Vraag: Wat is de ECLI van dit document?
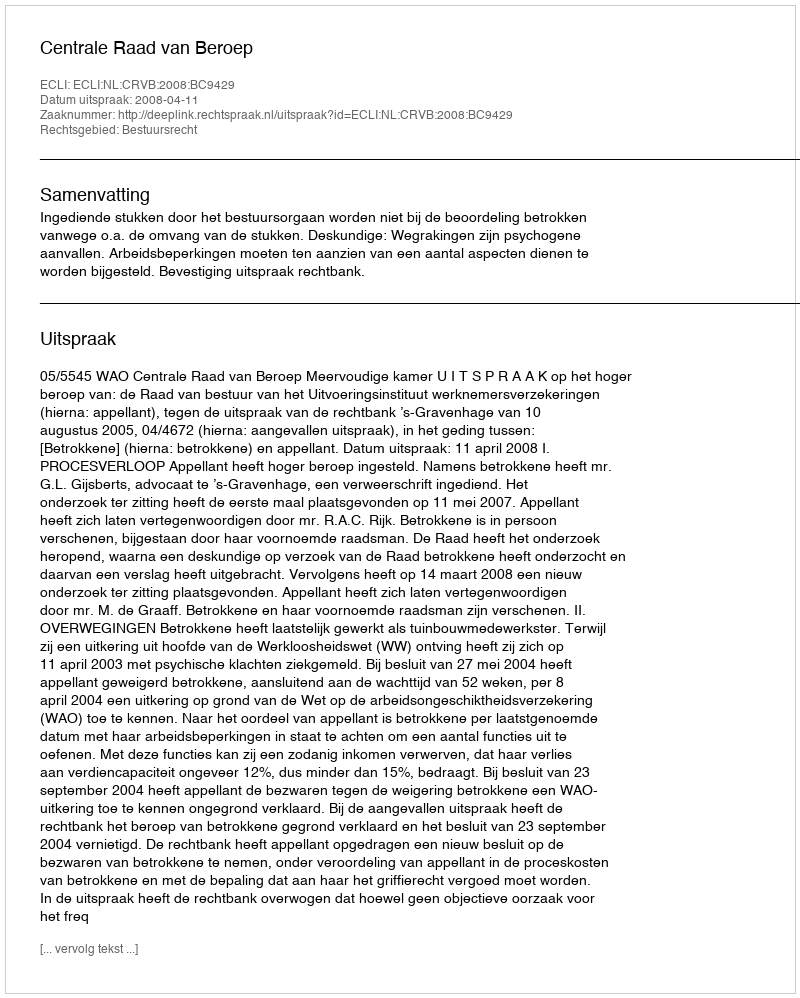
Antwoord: ECLI:NL:CRVB:2008:BC9429